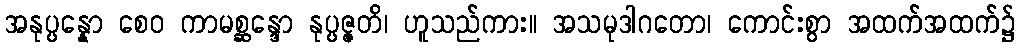
အနုပ္ပန္နော စေဝ ကာမစ္ဆန္ဒော နုပ္ပဇ္ဇတိ၊ ဟူသည်ကား။ အသမုဒါဂတော၊ ကောင်းစွာ အထက်အထက်၌